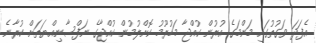
އެފަދަ ވަގުތުގައި މަންމަގެ އުރުން ކުއްޖާ މަހުރޫމު ކޮށްލުމުން ކުއްޖާގެ ނަފްސާނިއްޔަތަށް ކުރާނެ